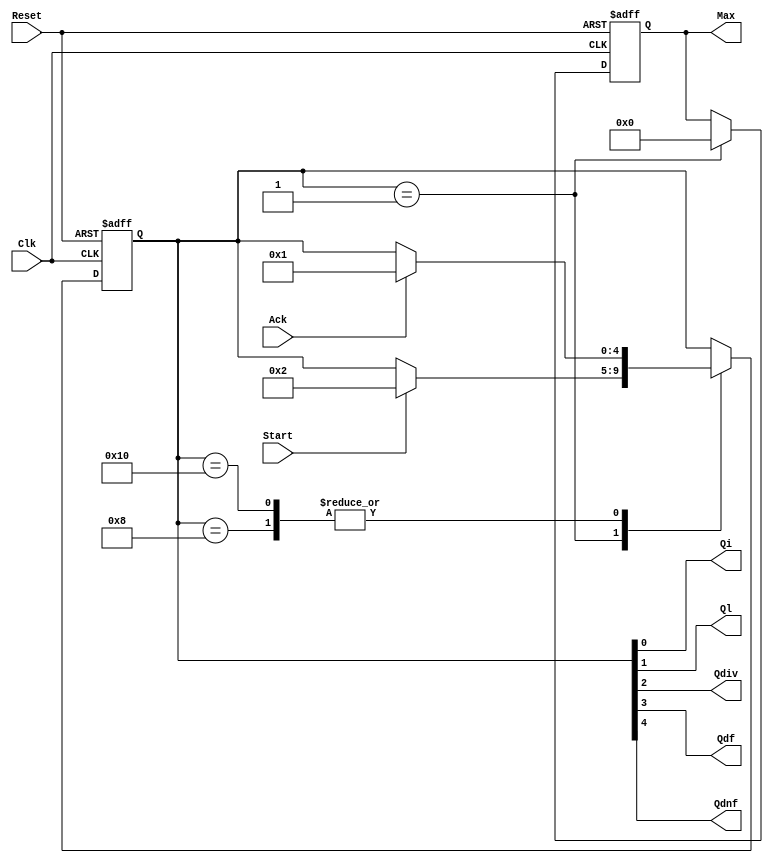
// EE201L RTL Exercises
// largest_num_divisible_by_7.v
// Written by Suraj Abraham, Gandhi Puvvada 
// March 1, 2009, March 3, 2010

// Given an array of 16 unsigned 8-bit numbers, we need to find the largest non-zero
// number that is exactly divisible by 7. 

`timescale 1 ns / 100 ps

module largest_num_divisible_by_7 (Max, Start, Ack, Clk, Reset, 
				 Qi, Ql, Qdiv, Qdf, Qdnf);

input Start, Ack, Clk, Reset;
output [7:0] Max;
output Qi, Ql, Qdiv, Qdf, Qdnf;

reg [7:0] M [0:15]; 
reg [7:0] X;
reg [4:0] state;
reg [7:0] Max;
reg [3:0] I;

localparam 
INI = 	5'b00001, // "Initial" state
LD_X = 	5'b00010, // "Load X with the next M[I]" state
DIV = 	5'b00100, // "Divide X by 7 and Update Max if appropriate" state
D_F = 	5'b01000, // "Done Found largest number divisible by 7" state
D_NF = 	5'b10000 ;// "Done Not Found any non-zero number divisible by 7" state

         
         
assign {Qdnf, Qdf, Qdiv, Ql, Qi} = state;

always @(posedge Clk, posedge Reset) 

  begin  : CU_n_DU
    if (Reset)
       begin
         state <= INI;
          I <= 4'bXXXX;
	      Max <= 8'bXXXXXXXX;
	      X <= 8'bXXXXXXXX;	   // to avoid recirculating mux controlled by Reset 
	    end
    else
       begin
         (* full_case, parallel_case *)
         case (state)
	        INI	: 
	          begin
		         // state transitions in the control unit
		         if (Start)
		           state <= LD_X;
		         // RTL operations in the Data Path            	              
		           Max <= 0;
		           I <= 0;
	          end
	        LD_X	:  // ** TODO **  complete RTL Operations and State Transitions
	          begin
		         // state transitions in the control unit

				 
				 
				 
				 
				 
				 
				 
				 
				 
							
		       // RTL operations in the Data Path   

			   
			   
 	          end
	        
	        DIV :  // ** TODO **  complete RTL Operations and State Transitions
	          begin
	          // state transitions in the control unit

			  
			  
			  
			  
			  
			  
			  
			  
			  
	             
	          // RTL operations in the Data Path




			  
	          end
	        
	        D_F	:
	          begin  
		         // state transitions in the control unit
		         if (Ack)
		           state <= INI;
		       end    
	        D_NF	:
	          begin  
		         // state transitions in the control unit
		         if (Ack)
		           state <= INI;
		       end    
      endcase
    end 
  end 
endmodule